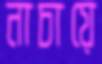
নাচায়ে